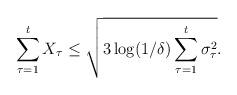
LaTeX: \begin{align*}\sum_{\tau=1}^{t}X_{\tau} \leq \sqrt{3\log(1/\delta)\sum_{\tau=1}^{t}\sigma_{\tau}^2}.\end{align*}